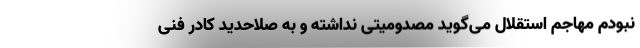
نبودم مهاجم استقلال می‌گوید مصدومیتی نداشته و به صلاحدید کادر فنی